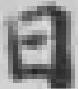
日